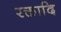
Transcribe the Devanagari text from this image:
रक्तादि